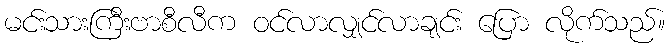
မင်းသားကြီးဗာစီလီက ဝင်လာလျှင်လာချင်း ပြော လိုက်သည်။